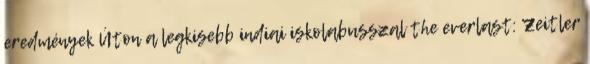
eredmények Úton a legkisebb indiai iskolabusszal the everlast: Zeitler